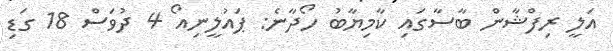
އަލީ ރިފްޝާން ބާސާގައި ކާމިޔާބު ހޯދާނެ: ޕައުލީނިއޯ 4 ދުވަސް 18 ގަޑި